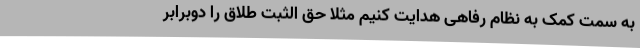
به سمت کمک به نظام رفاهی هدایت کنیم مثلا حق الثبت طلاق را دوبرابر